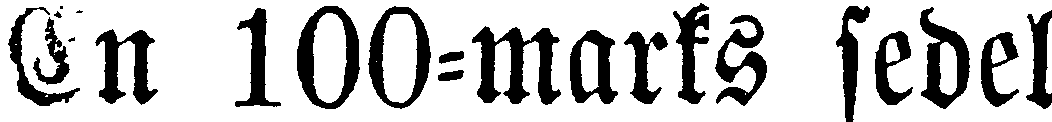
En 100-marks sedel